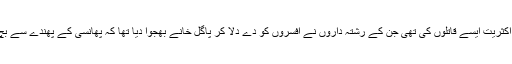
ان میں اکثریت ایسے قاتلوں کی تھی جن کے رشتہ داروں نے افسروں کو دے دلا کر پاگل خانے بھجوا دیا تھا کہ پھانسی کے پھندے سے بچ جائیں۔